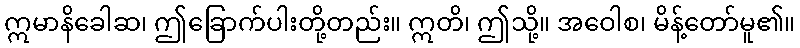
ဣမာနိခေါဆ၊ ဤခြောက်ပါးတို့တည်း။ ဣတိ၊ ဤသို့။ အဝေါစ၊ မိန့်တော်မူ၏။